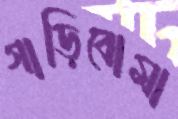
গাড়িবোমা